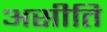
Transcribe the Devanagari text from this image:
असीति